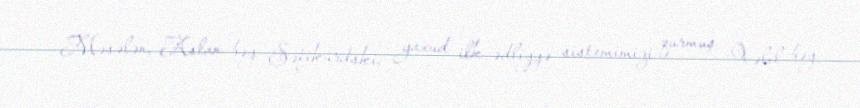
Məsələn, Aslan bəy Səfikürdski, yaxud ilk ədliyyə sistemimizi qurmuş Xəlil bəy